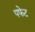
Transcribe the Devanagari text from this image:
पफेट